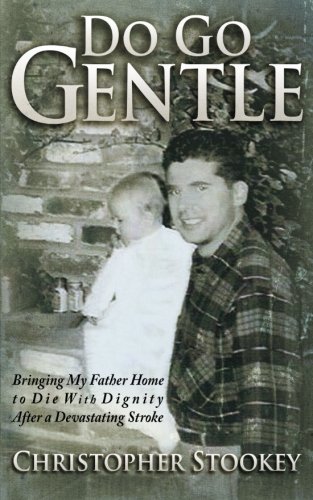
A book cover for Do Go Gentle: Bringing My Father Home to Die With Dignity After a Devastating Stroke; Christopher Stookey; Self-Help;